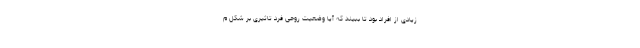
زیادی از افراد بود تا ببیند که آیا وضعیت روحی فرد تاثیری بر شکل م